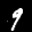
Label: 9